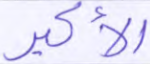
الأكبر